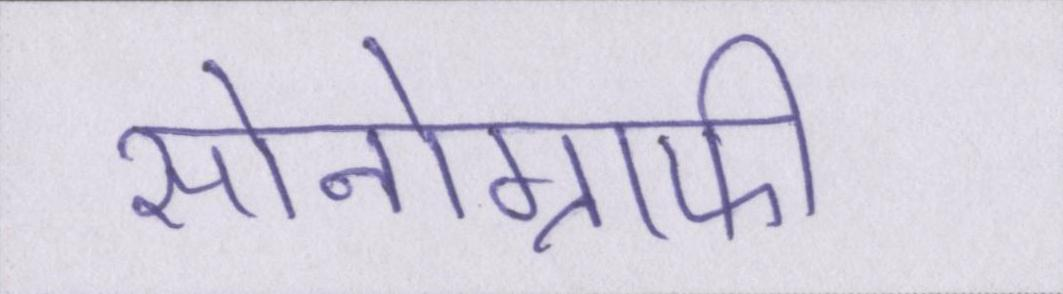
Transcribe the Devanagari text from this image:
सोनोग्राफी